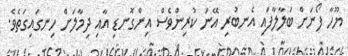
ޔޫހާ ފޯނަށް ބަލާލާފައި އެނބުރި އޭނަ ކުރިންވެސް އިންގޮނޑި އާއި ދިމާލަށް ހިނގައިގަތެވެ.